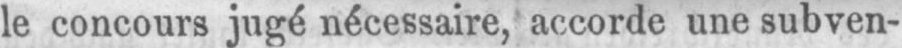
le concours jugé nécessaire, accorde une subven-